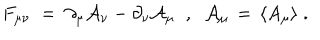
F _ { \mu \nu } \; = \; \partial _ { \mu } { \mathcal A } _ { \nu } - \partial _ { \nu } { \mathcal A } _ { \mu } \; \; , \; \; { \mathcal A } _ { \mu } \, = \, \langle A _ { \mu } \rangle \; .